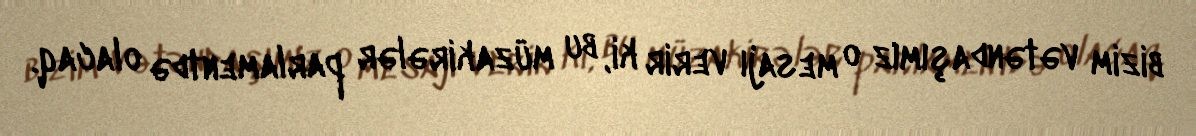
bizim vətəndaşımız o mesajı verir ki, bu müzakirələr parlamentdə olacaq.